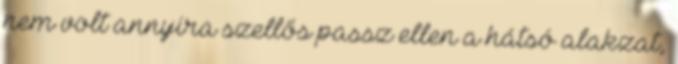
nem volt annyira szellős passz ellen a hátsó alakzat,